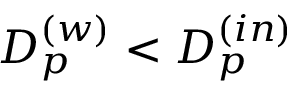
D _ { p } ^ { ( w ) } < D _ { p } ^ { ( i n ) }